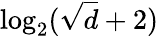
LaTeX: \log_{2}(\sqrt{d}+2)